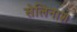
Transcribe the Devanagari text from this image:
सेलिनाश